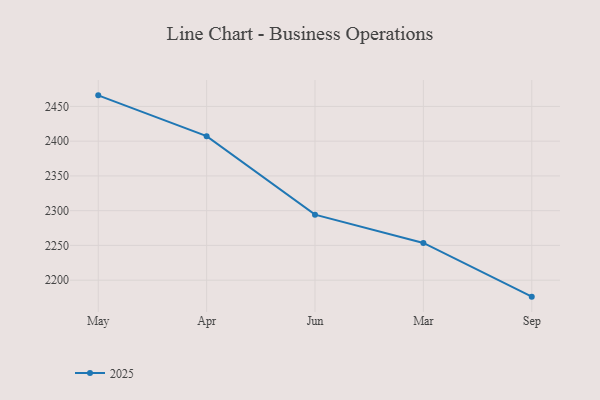
{"axis": {"x": "Month", "y": "Website Visitors"}, "legend": ["2025"], "data": [{"x": "May", "y": 2465.9, "type": "2025"}, {"x": "Apr", "y": 2407.2, "type": "2025"}, {"x": "Jun", "y": 2294.3, "type": "2025"}, {"x": "Mar", "y": 2253.6, "type": "2025"}, {"x": "Sep", "y": 2176.3, "type": "2025"}]}